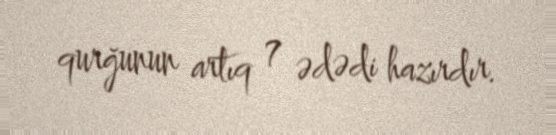
qurğunun artıq 7 ədədi hazırdır.